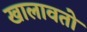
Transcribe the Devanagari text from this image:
खालावतो